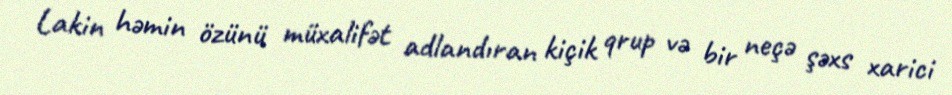
Lakin həmin özünü müxalifət adlandıran kiçik qrup və bir neçə şəxs xarici